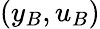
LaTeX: (y_{B},u_{B})